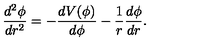
\frac { d ^ { 2 } \phi } { d r ^ { 2 } } = - \frac { d V ( \phi ) } { d \phi } - \frac { 1 } { r } \frac { d \phi } { d r } .